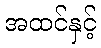
အထင်နှင့်